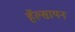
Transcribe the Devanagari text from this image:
हॅल्सायन